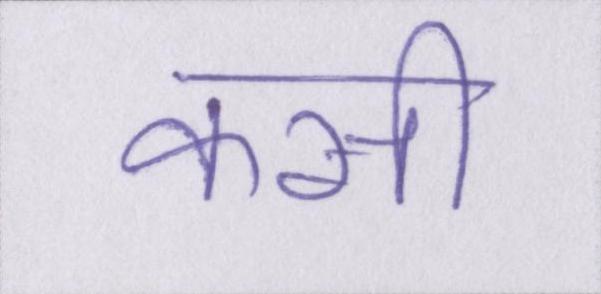
कसी